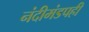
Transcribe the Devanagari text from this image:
नंदीमंडपही